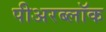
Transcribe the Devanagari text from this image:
पीअरब्लॉक